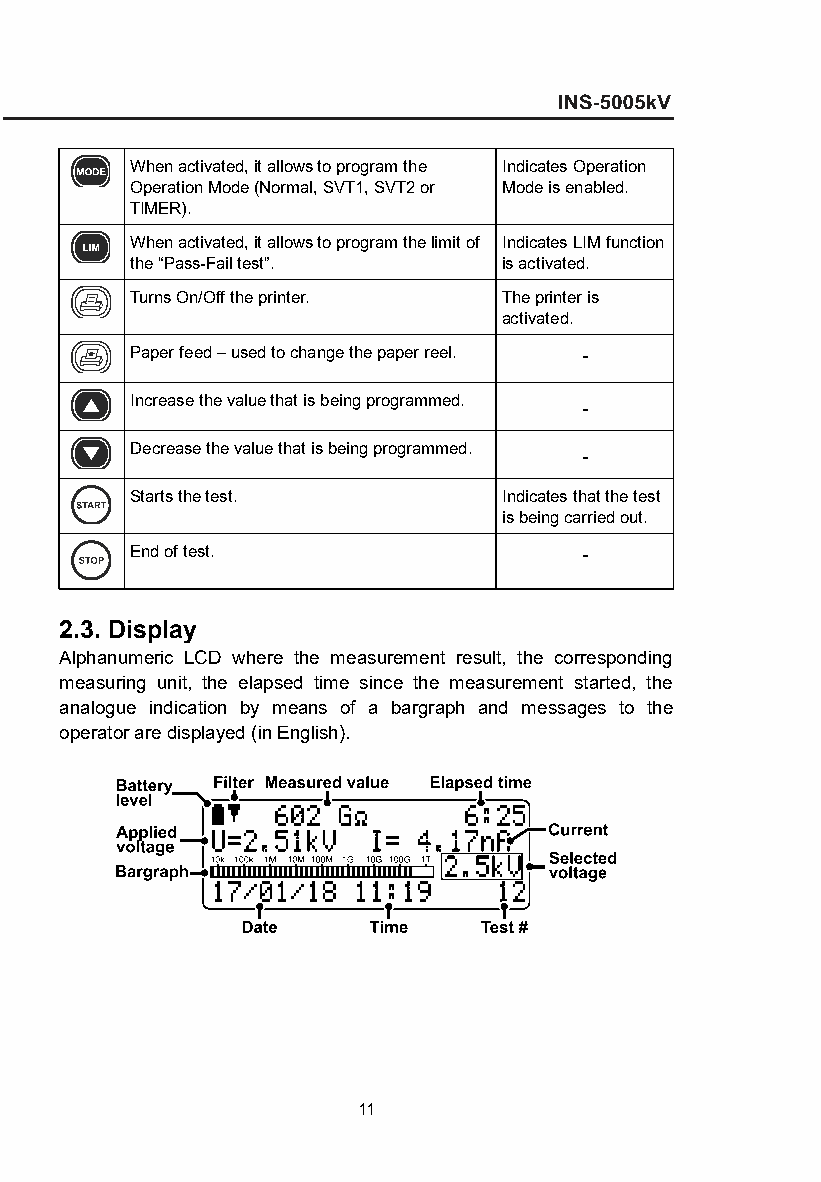
When activated, it allows to program the Indicates Operation
 Operation Mode (Normal, SVT1, SVT2 or Mode is enabled.
 TIMER).
 When activated, it allows to program the limit of Indicates LIM function
 the “Pass-Fail test”.   is activated.
 Turns On/Off the printer. The printer is
 activated.
 Paper feed – used to change the paper reel. -
 Increase the value that is being programmed.
 -
 Decrease the value that is being programmed.
 -
 Starts the test.        Indicates that the test
 is being carried out.
 End of test.                  -
 2.3. Display
 Alphanumeric LCD where the measurement result, the corresponding
 measuring unit, the elapsed time since the measurement started, the
 analogue indication by means of a bargraph and messages to the
 operator are displayed (in English).
 11